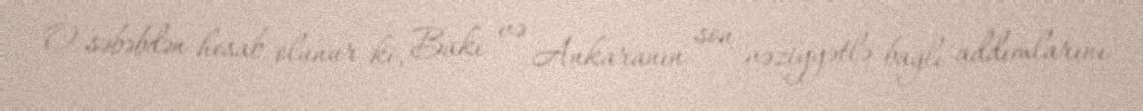
O səbəbdən hesab olunur ki, Bakı və Ankaranın son vəziyyətlə bağlı addımlarını